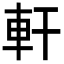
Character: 軒